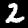
Digit: 2